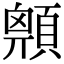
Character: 𩔅